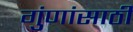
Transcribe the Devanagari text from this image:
गुंणांसाठी